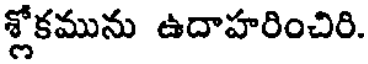
శ్లోకమును ఉదాహరించిరి.